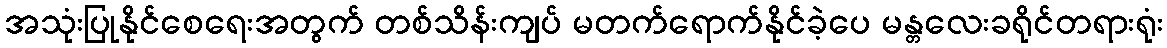
အသုံးပြုနိုင်စေရေးအတွက် တစ်သိန်းကျပ် မတက်ရောက်နိုင်ခဲ့ပေ မန္တလေးခရိုင်တရားရုံး